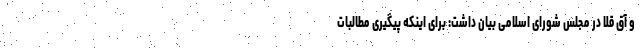
و آق قلا در مجلس شورای اسلامی بیان داشت: برای اینکه پیگیری مطالبات